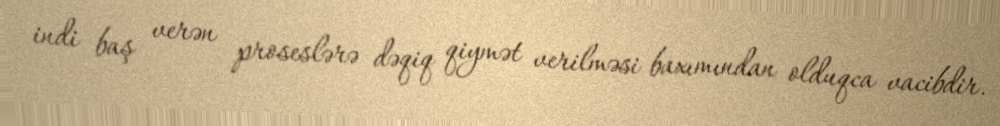
indi baş verən proseslərə dəqiq qiymət verilməsi baxımından olduqca vacibdir.